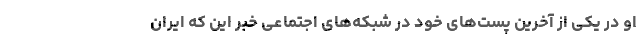
او در یکی از آخرین پست‌های خود در شبکه‌های اجتماعی خبر این که ایران